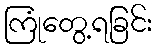
ကြုံတွေ့ရခြင်း